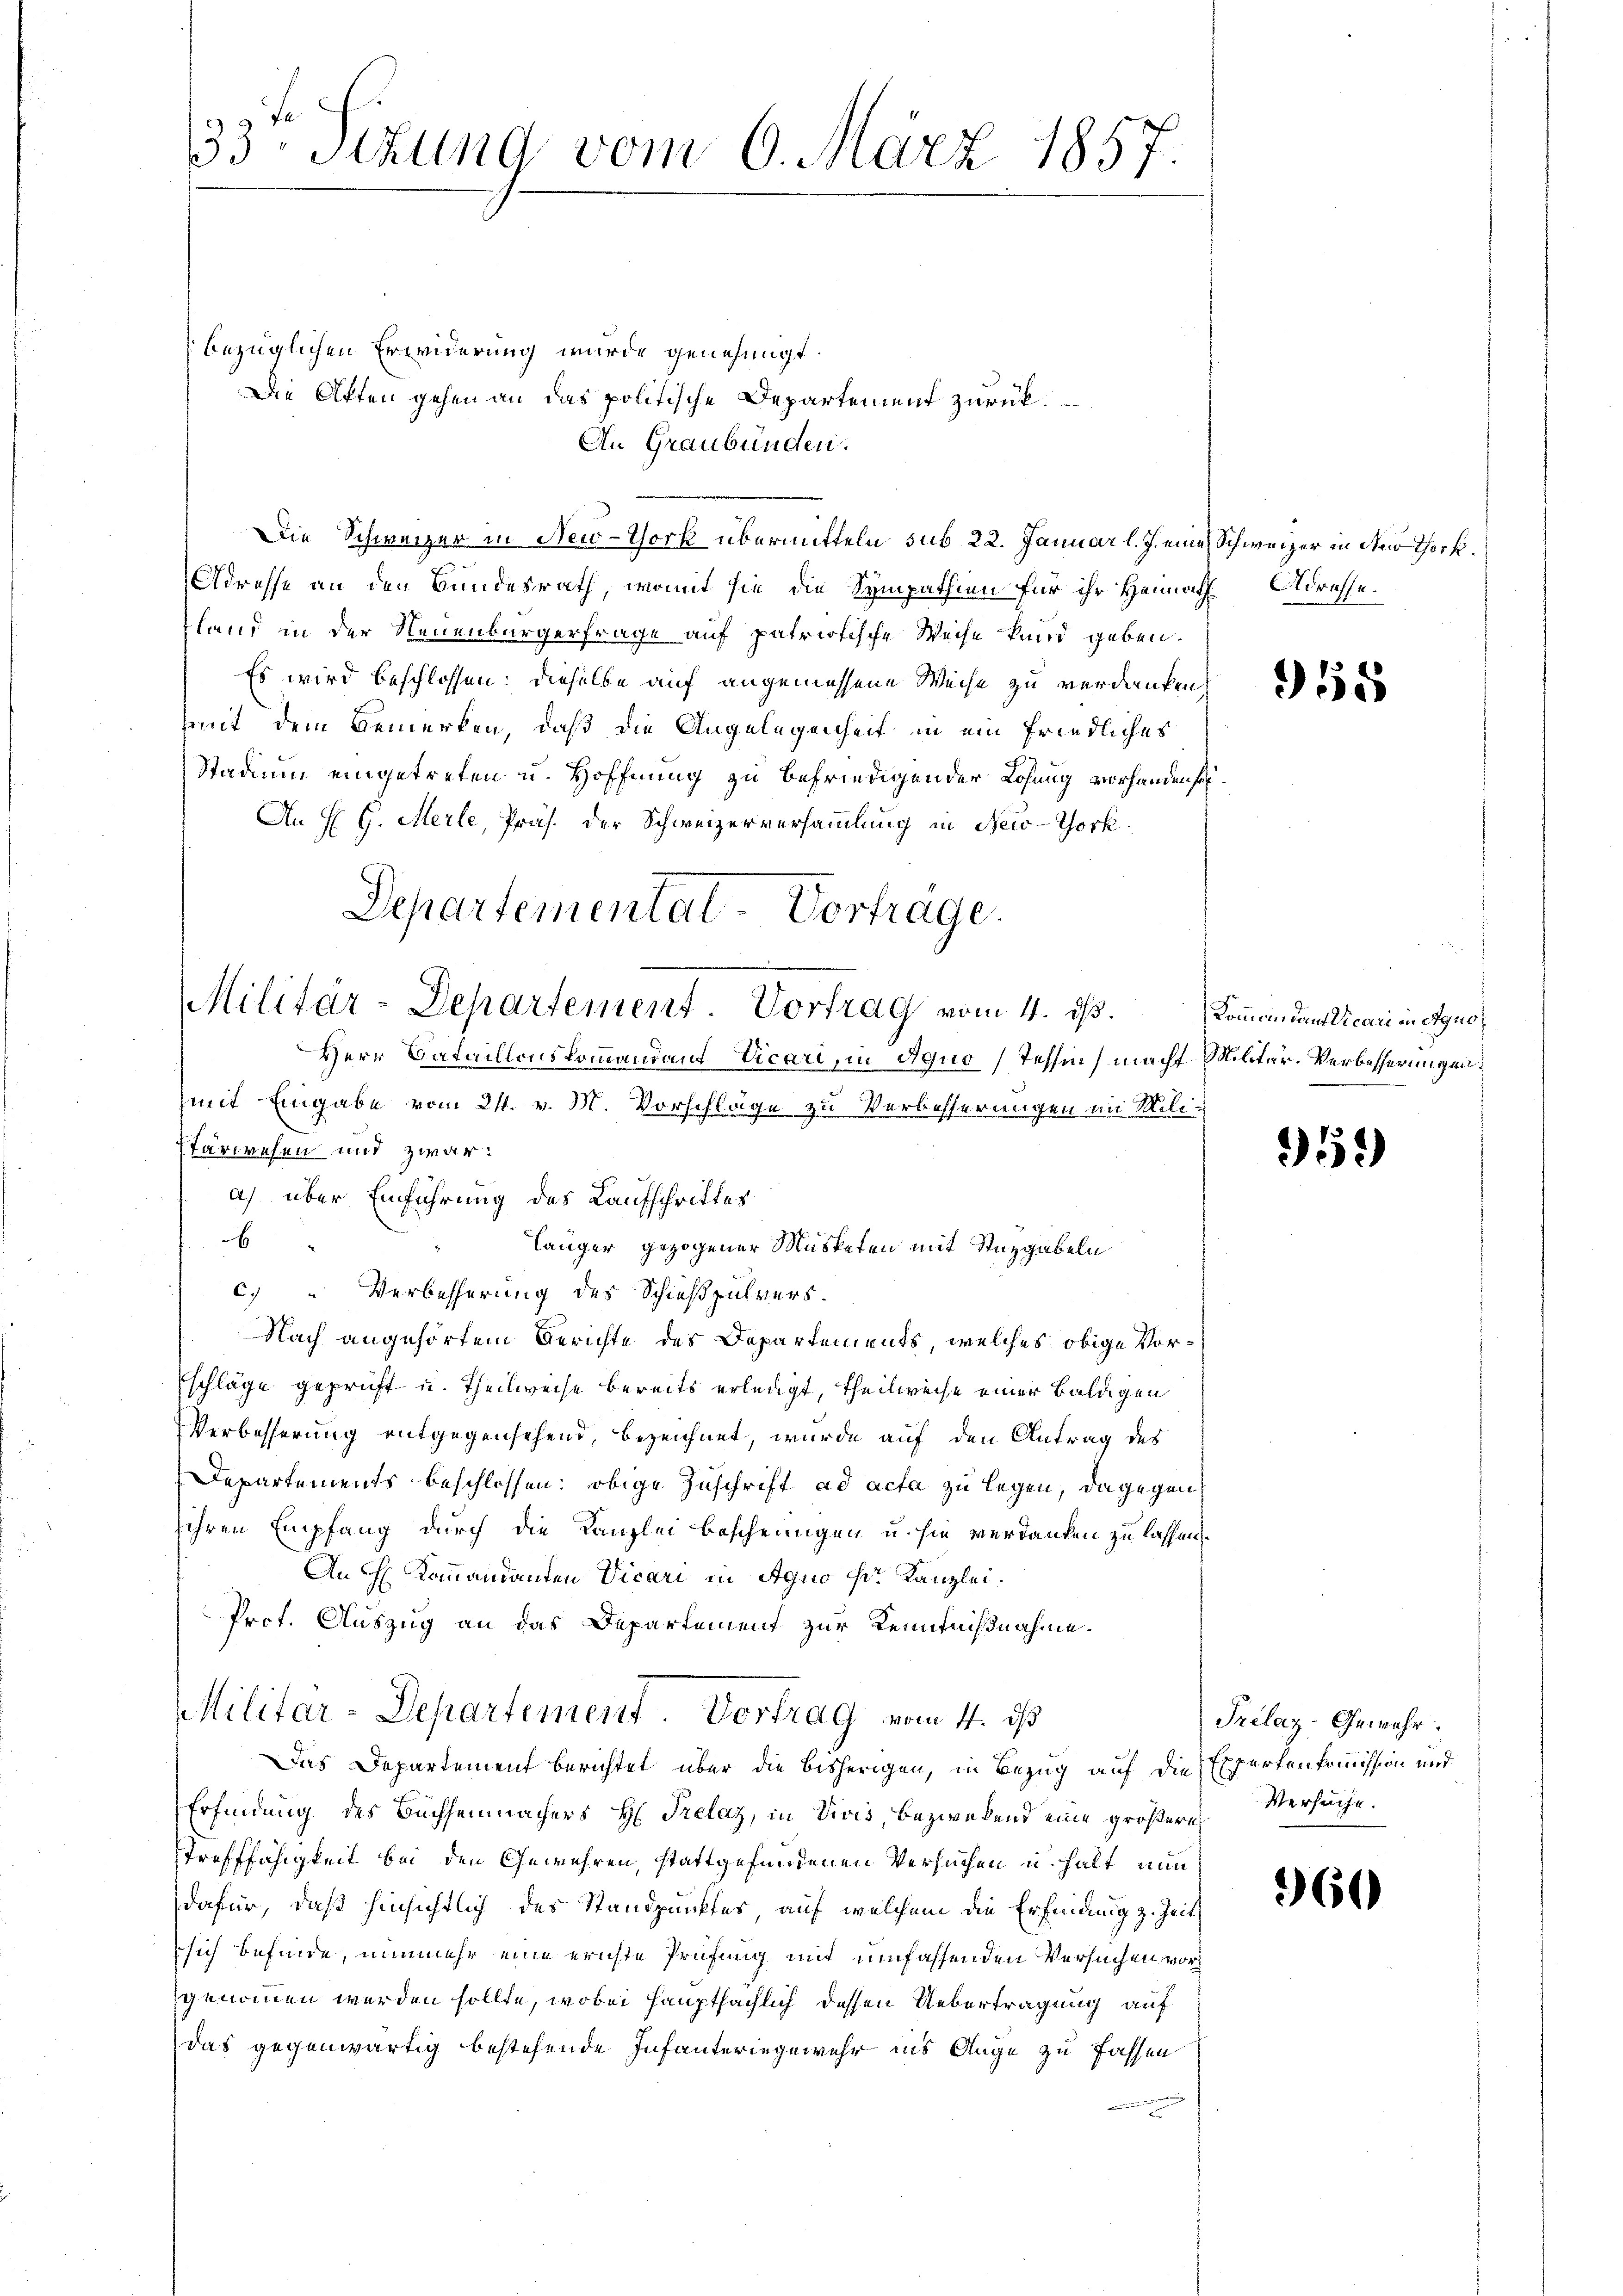
33 schung vom 6. März 1857.

bezüglichen Erwiderung wurde genehmigt.
Die Akten gehen an das politische Departement zurück¬
An Graubünden.
Die Schweizer in New-York übermitteln sub 22. Januar l. J. eine Schweizer in der Thork¬
Adresse an den Bundesrath, womit sie die Sympathien für ihr Heimath Adressefland in der Neuenburgerfrage auf patriotische Weise kund geben.
Es wird beschlossen: dieselbe auf angemessene Weise zu verdanken,
mit dem Bemerken, daß die Angelegenheit in ein friedliches
Stadium eingetreten u. Hoffnung zu befriedigen der Losung vorhanden sei
An H. G. Merle, Präs. der Schweizerversammlung in New-York
Departementat-Vortrage.

Militär-Departement. Vortrag vom 4. ds.
Herr Bataillonskommandans Vicari, in Aquo, Tessin, macht Militar-Verbesserungen

mit Eingabe vom 24. v. M. Vorschläge zu Verbesserungen im Mililänger gezogener Musketen mit Stuzgabeln

tärwesen und zwar:
a) über Einführung des Laufschrittes
b
c. " Verbesserung des Schießpulvers.
Nach angehörtem Gerichte des Departements, welches obige Vor¬
Eschläge geprüft u. Theilweise bereits erledigt, theilweise einer Baldigen
Verbesserung entgegensehend, bezeichnet, wurde auf den Antrag des
Departements beschlossen: obige Zuschrift ad acta zu legen, dagegen
ihren Empfang durch die Kanzlei bescheinigen u. sie verdanken zu lassen.
An Kommandanten Vicari in Aquo sr. Kanzlei.
Prot. Auszug an das Departement zur Kenntnißnahme.
Militar-Departement. Vortrag vom 4. ds
Das Departement berichtet über die bisherigen, in Bezug auf die Expertenkommission und
Erfindung des Buchheimachers H. Trelaz, in Divis, bezwekend eine größern
Trefffähigkeit bei den Gewehren, stattgefundenen Versuchen u. halt nun
dafür, daß hinsichtlich des Standpunkter, auf welchem die Erfindung z. Zeit
sich befinde, nunmehr eine ernste Prüfung mit umfassenden Versuchen vor
genommen werden sollte, wobei Hauptsächlich dessen Uebertragung auf
das gegenwärtig bestehende Infanteringewehr ins Auge zu fassen
n einen

355

Kommenden Vicari in Agno

359)

Prélaz-Gewehr.
Versuche.

960